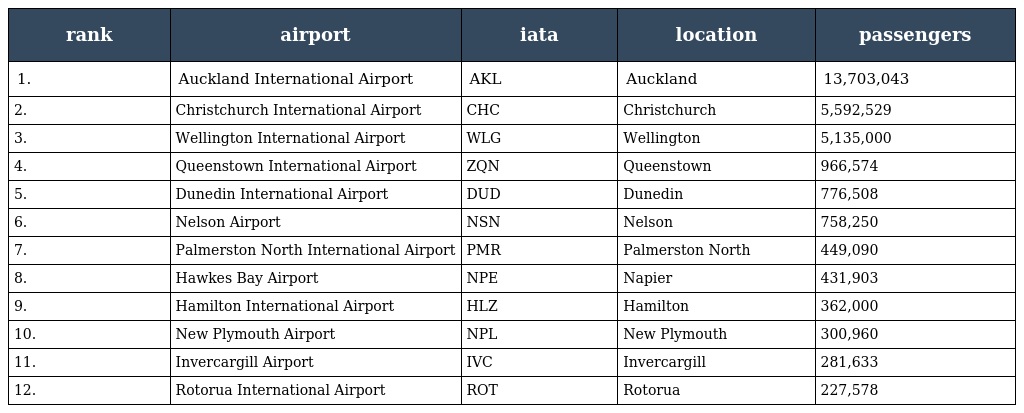
| rank | airport | iata | location | passengers |
 | --- | --- | --- | --- | --- |
 | 1. | Auckland International Airport | AKL | Auckland | 13,703,043 |
 | 2. | Christchurch International Airport | CHC | Christchurch | 5,592,529 |
 | 3. | Wellington International Airport | WLG | Wellington | 5,135,000 |
 | 4. | Queenstown International Airport | ZQN | Queenstown | 966,574 |
 | 5. | Dunedin International Airport | DUD | Dunedin | 776,508 |
 | 6. | Nelson Airport | NSN | Nelson | 758,250 |
 | 7. | Palmerston North International Airport | PMR | Palmerston North | 449,090 |
 | 8. | Hawkes Bay Airport | NPE | Napier | 431,903 |
 | 9. | Hamilton International Airport | HLZ | Hamilton | 362,000 |
 | 10. | New Plymouth Airport | NPL | New Plymouth | 300,960 |
 | 11. | Invercargill Airport | IVC | Invercargill | 281,633 |
 | 12. | Rotorua International Airport | ROT | Rotorua | 227,578 |